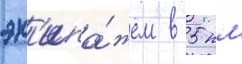
эк'ипа́жем в 5 км